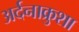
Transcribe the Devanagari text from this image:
अर्दनाक्रुशा